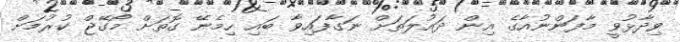
ވިދާޅުވީ މާފަންނުއާގެ އިން ދައުލަތަށް ނަގާފައިވާ ބައި ހިމެނޭ ގޮތަށް މޯގޭޖް ކުރުމަށް